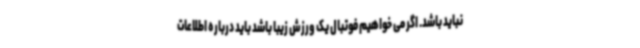
نباید باشد. اگر می خواهیم فوتبال یک ورزش زیبا باشد باید درباره اطلاعات